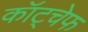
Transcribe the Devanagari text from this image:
कॉट्चेफ